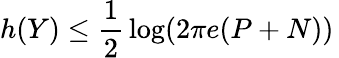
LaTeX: h(Y)\leq{\frac{1}{2}}\log(2\pi e(P+N))\,